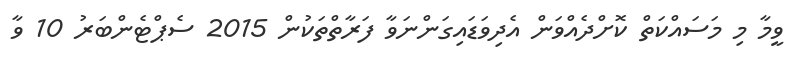
ވީމާ މި މަސައްކަތް ކޮށްދެއްވަން އެދިވަޑައިގަންނަވާ ފަރާތްތަކުން 2015 ސެޕްޓެންބަރު 10 ވާ